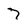
Character: 7